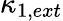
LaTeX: \kappa_{1,ext}